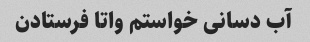
آب دسانی خواستم واتا فرستادن